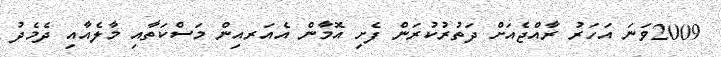
2009ވަނަ އަހަރު ރާއްޖެއަށް ދަތުރުކުރަން ފެށި އޮމާން އެއަރއިން މަސްކަތާއި މާލެއާއި ދެމެދު